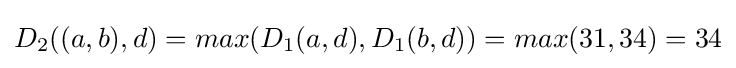
D_{2}((a,b),d)=max(D_{1}(a,d),D_{1}(b,d))=max(31,34)=34